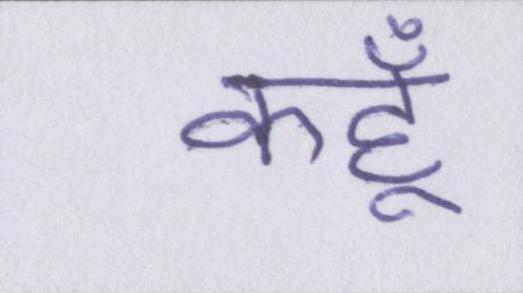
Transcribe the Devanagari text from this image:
कहूँ